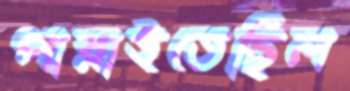
পারাইতেছিল